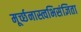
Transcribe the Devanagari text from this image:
मूर्च्छनास्त्वभिसंज्ञिता